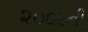
૨૦૦૯ની